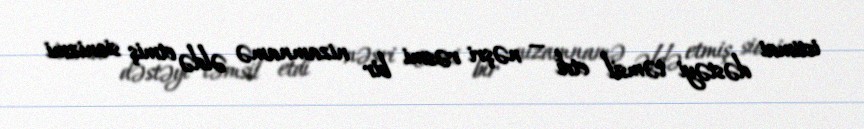
ictimai dəstəyi təmsil etdi — nəşri rəsmi bir nizamnamə əldə etmiş sionizmi